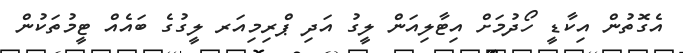
އެގޮތުން އިކާޑީ ހޯދުމަށް އިޓާލިއަން ލީގު އަދި ޕްރިމިއަރ ލީގުގެ ބައެއް ޓީމުތަކުން